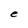
Character: e